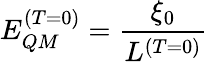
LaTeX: E_{QM}^{(T=0)}=\frac{\xi_{0}}{L^{(T=0)}}